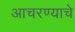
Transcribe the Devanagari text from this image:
आचरण्याचे